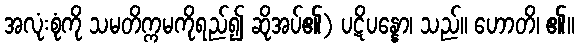
အလုံးစုံကို သမတိက္ကမကိုရည်၍ ဆိုအပ်၏) ပဋိပန္နော၊ သည်။ ဟောတိ၊ ၏။